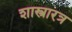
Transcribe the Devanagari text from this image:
शास्त्रारत्र